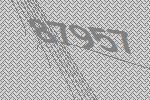
87957